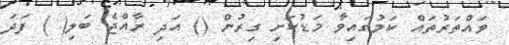
ވައްތަރުތައް ކަމުގައިވާ މަޑުކަށި ގިރުން () އަދި ރާއްޖެ ބަލި( ) ފަދަ